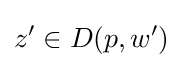
z'\in D(p,w')